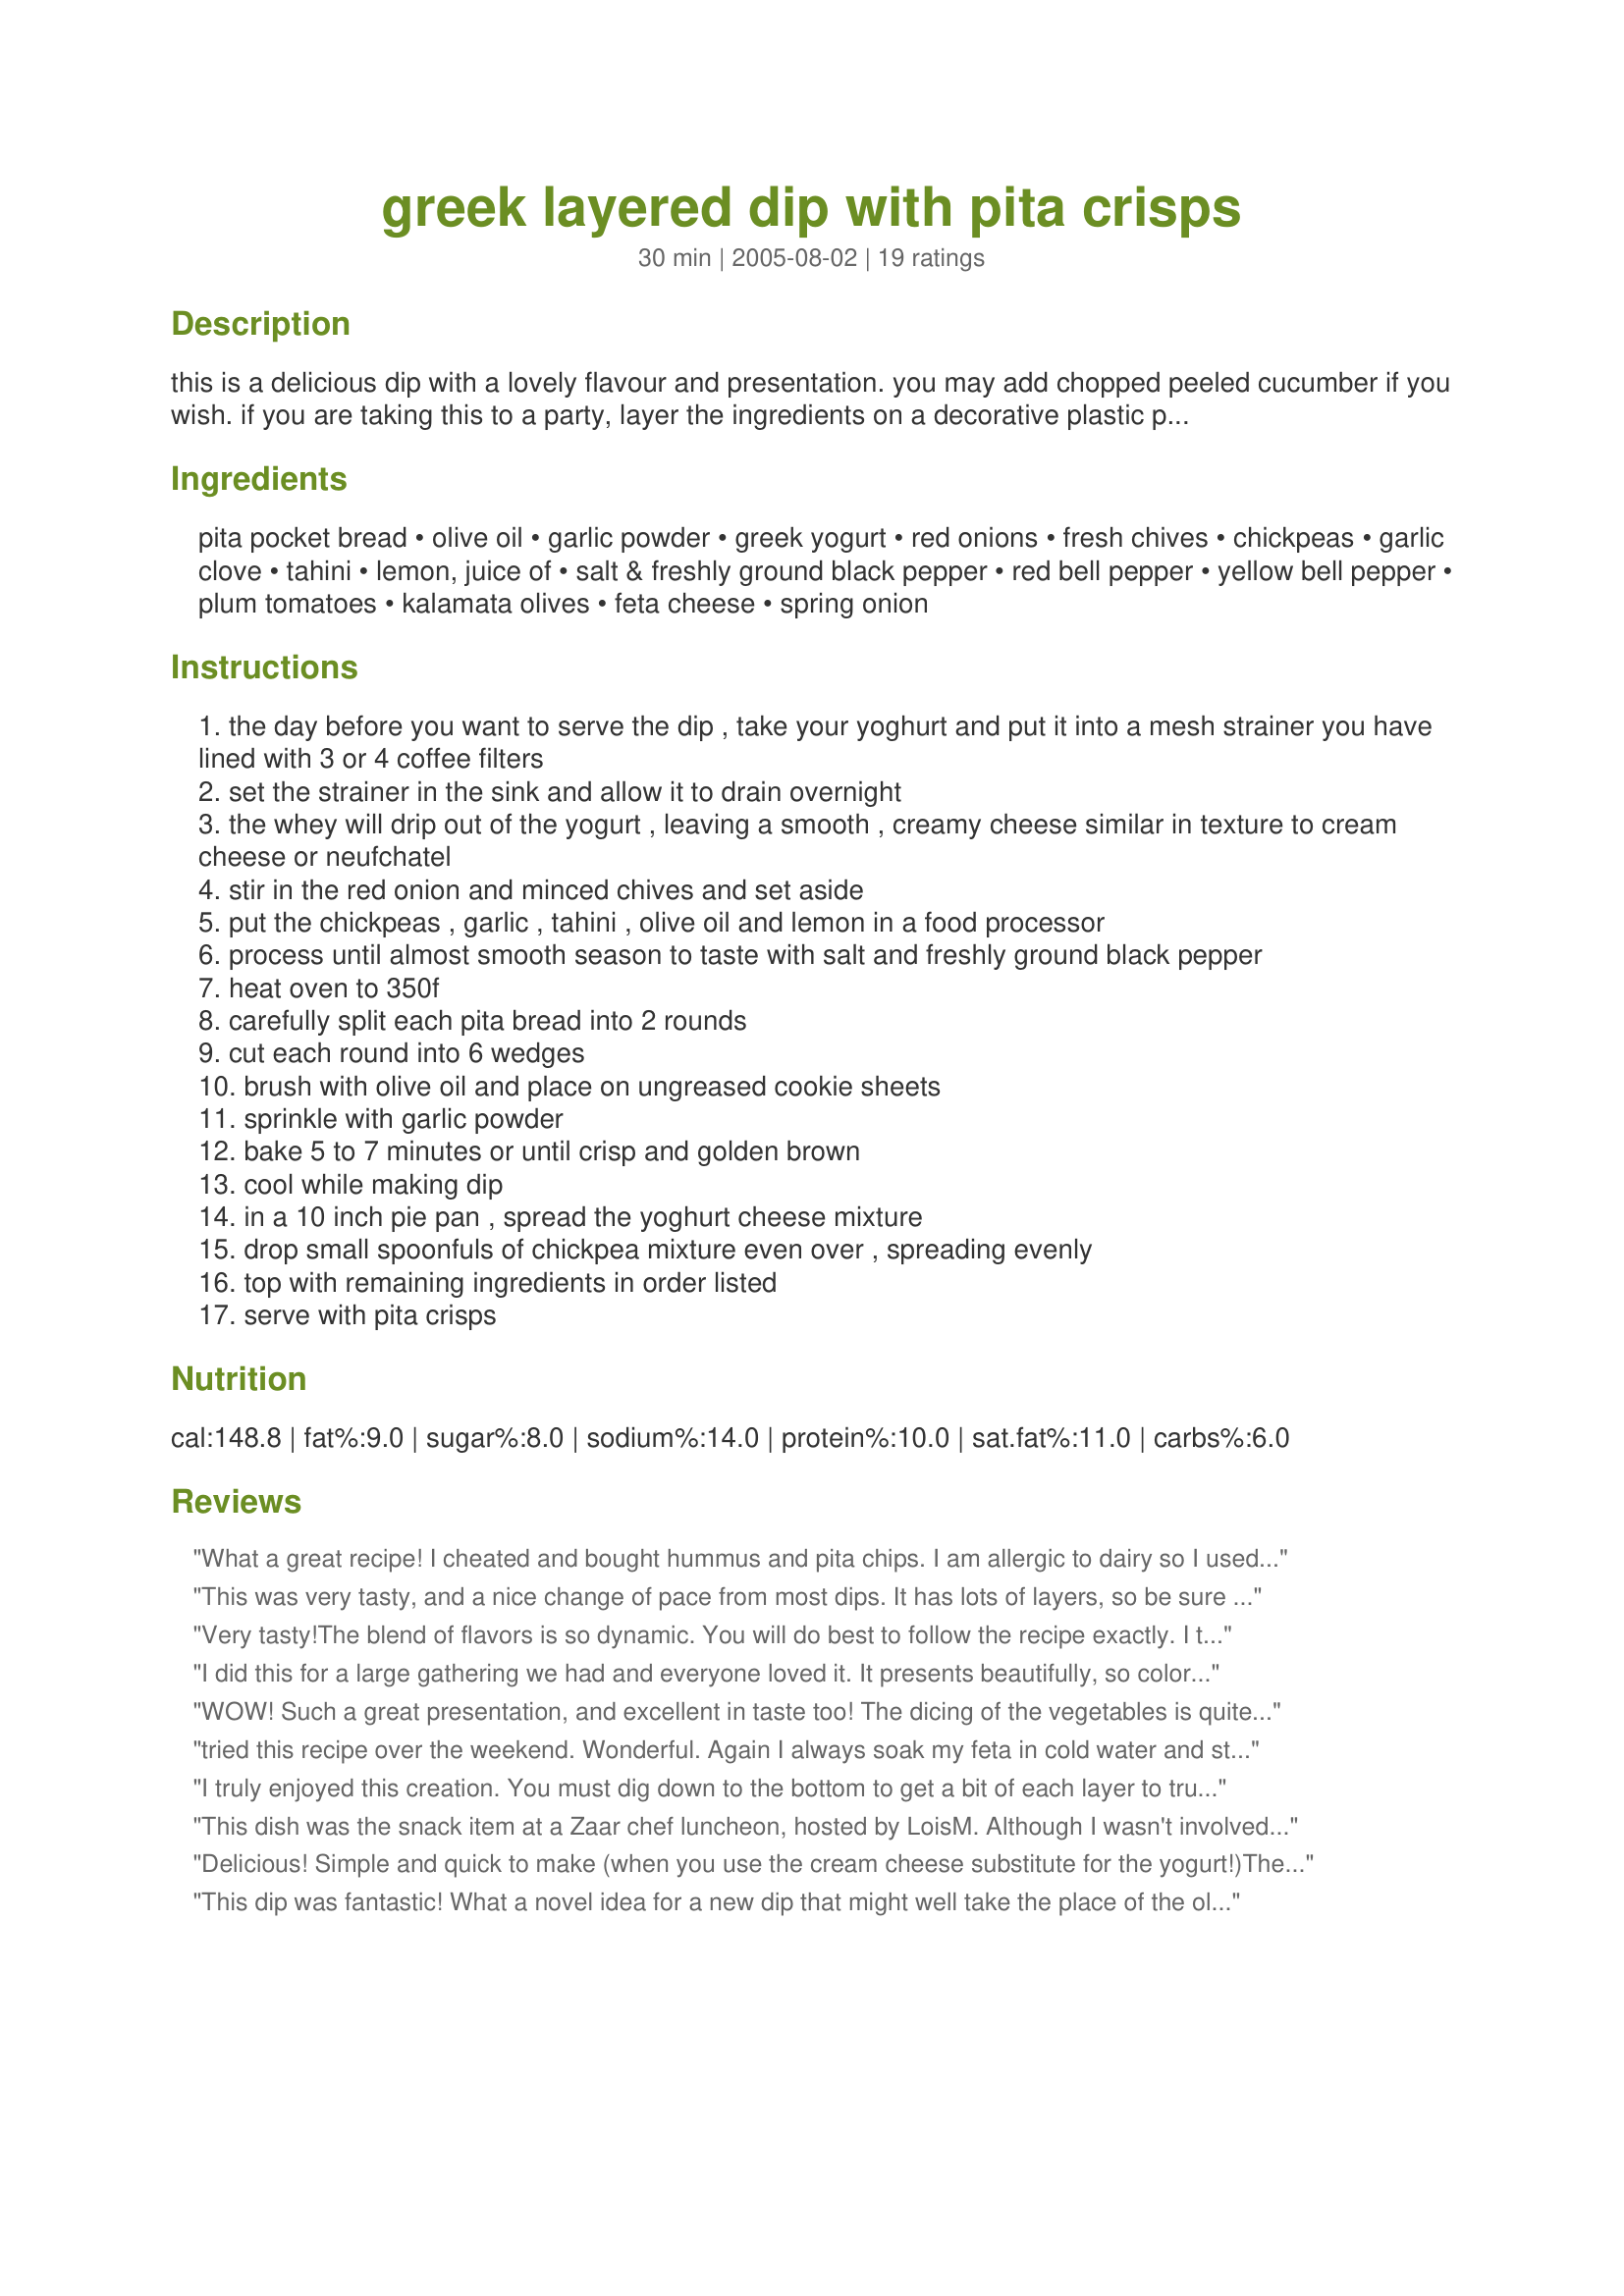
greek layered dip with pita crisps
Preparation time: 30 minutes

this is a delicious dip with a lovely flavour and presentation. you may add chopped peeled cucumber if you wish. if you are taking this to a party, layer the ingredients on a decorative plastic plate or tray from a party store - no risk of breaking your favorite serving plate! prep time does not reflect the overnight time needed to make the yoghurt cheese so plan ahead!

Ingredients:
pita pocket bread, olive oil, garlic powder, greek yogurt, red onions, fresh chives, chickpeas, garlic clove, tahini, lemon, juice of, salt & freshly ground black pepper, red bell pepper, yellow bell pepper, plum tomatoes, kalamata olives, feta cheese, spring onion

Steps:
the day before you want to serve the dip , take your yoghurt and put it into a mesh strainer you have lined with 3 or 4 coffee filters
set the strainer in the sink and allow it to drain overnight
the whey will drip out of the yogurt , leaving a smooth , creamy cheese similar in texture to cream cheese or neufchatel
stir in the red onion and minced chives and set aside
put the chickpeas , garlic , tahini , olive oil and lemon in a food processor
process until almost smooth season to taste with salt and freshly ground black pepper
heat oven to 350f
carefully split each pita bread into 2 rounds
cut each round into 6 wedges
brush with olive oil and place on ungreased cookie sheets
sprinkle with garlic powder
bake 5 to 7 minutes or until crisp and golden brown
cool while making dip
in a 10 inch pie pan , spread the yoghurt cheese mixture
drop small spoonfuls of chickpea mixture even over , spreading evenly
top with remaining ingredients in order listed
serve with pita crisps

Reviews:
What a great recipe! I cheated and bought hummus and pita chips. I am allergic to dairy so I used home made cashew greek yogurt to make the yogurt cheese. I added a layer of chopped baby kale, lettuce and cilantro, all fresh from my garden. It was a hit for our family Easter gathering. I will definitely make this again!
This was very tasty, and a nice change of pace from most dips. It has lots of layers, so be sure to get to the bottom of it!
It was a very good dip that I would make again.
Could not find Greek yogurt so subbed cream cheese as suggested. 
Thanks for a tasty dip!
Very tasty!The blend of flavors is so dynamic. You will do best to follow the recipe exactly. I tried Greek yogurt cream cheese and was really disappointed; I could tell after I made it that it would have been killer with strained yogurt. I will try this with heirloom tomatoes when they come into season. This is a little nitpicking, but I had trouble converting the ingredients list, as I don&#039;t have a food scale. Also, it definitely took longer than 30 minutes! Well worth it, though. I will make this again for sure when I have someone to impress.
I did this for a large gathering we had and everyone loved it. It presents beautifully, so colorful, and the flavor combinations are great - IF you have fresh ripe tomatoes! It makes a big difference if you are outside the season, although those little specialty tomatoes available in larger markets work well. It's an involved recipe, but I'd do it again. I've also used it as a tapas plate, much loved by all.
WOW! Such a great presentation, and excellent in taste too! The dicing of the vegetables is quite time-consuming because you want to make sure the pieces are really small, but it looks soooooo pretty, I've already done this twice within a week!
tried this recipe over the weekend. Wonderful. Again I always soak my feta in cold water and store it in cold water. I just don't want it to be too salty. This recipe is a keeper.
I truly enjoyed this creation. You must dig down to the bottom to get a bit of each layer to truly savor all of the wonderful flavor this dip has. Definitely a keeper.
This dish was the snack item at a Zaar chef luncheon, hosted by LoisM. Although I wasn't involved in the preparation, I've reviewed the directions - they seem to be accurate & complete.
This dip was very tasty & quite colourful. My only issue: the crisps kept breaking when trying to scoop out the dip. I had to use a knife to get some of the bottom layer.
Delicious! Simple and quick to make (when you use the cream cheese substitute for the yogurt!)The topping is beautiful, lots of 'eye appeal'. Do make the pita crisps, they are easy to do and worth the effort. I will definitely serve this dip in future!
This dip was fantastic! What a novel idea for a new dip that might well take the place of the older version of a layered dip. I thought the yoghurt/cheese layer very easy to do and very flavourful and the chickpea hummus very tasty as well. All in all the layers went very well together. Great instructions! Well done!
Beautiful!! Wonderful combination of ingredients. Your excellent suggestion of using chive and onion cream cheese spread was followed with superb results. It is one of those things "you just cannot stop eating". Pita chips were perfect. I would also serve this recipe, without hesitation, as a "spread" on toasted bread rounds, or baguettes, etc. Thank you Chef, you have added to my list of party food.
This dip is a nice change from your standard layered dips, I used the herb & onion cream cheese as suggested as a substitution. I think you could half the toppings, these amounts are a bit much for the amount of cream cheese and chickpea layers, you have to really dig to get at the bottom. The pita chips are really easy and quite good even on there own, I will definatly make this again, but go easy on the peppers/tomatoe etc topping.
We liked this recipe a lot. I layered this in a shallow bowl for a pretty dip. I liked that although this contains yogurt & lemon, it isn’t tart. The addition of onions and seasonings added to the flavor. I did sub black olives for the kalamatas this time. I also liked the easy pita chips. I did feel the recipe was incomplete in the instructions. Only because it was titled a layer dip did I know not to stir in the toppings. Otherwise great job!!!
This is great! Everybody loved it & my mom wants me to make it for her Heartwise (cardiac rehab) group! Thumbs up!
This was a big hit with my husband.

Here's a time-saving cheat for the yogurt
: mix 8 oz. yogurt and 4 oz. sour cream. Put in a sieve (lined with a coffe filter) over a small bowl and let drain, covered, in the fridge overnight.

A great appetizer to take to a party, and a healthier alternative to 7 layer tex mex dip!
Thank you so much for sharing your wonderful recipe. This dish had so much flavourful and was very easy to fix. The yogurt cheese turned out great, I just loved it, and will definitely make again. I mixed some coarse salt into the garlic powder for the top of my pita chips.
I found this when I was about to post my own version, and didn't want to repeat someone else's recipe. This is EXACTLY what I did when I "invented" mine. However, I did use chopped drained cucumbers, and even threw on some chopped marinated artichoke hearts. Oh---and confession---I did use commercial hummus. But that Greek yogurt cheese is the ticket---FAB. Every time I serve this is disappears!
Very good. Attractive presentation. I loved the pita crisps. The only part I had trouble with was figuring how much 200g of chickpeas was. I used 1 cup of canned chickpeas, and that seemed about right. This doesn't make a huge amount of the yogurt or hummus mixtures, so next time I'd only chop 1/2 of each pepper and 1 tomato -- I couldn't fit them all on.
this was really good, Served at a cocktail party I had and everyone that tried it rated it a 5. I loved the pita chips. Thanks for sharing
